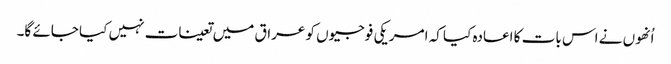
اُنھوں نے اس بات کا اعادہ کیا کہ امریکی فوجیوں کو عراق میں تعینات نہیں کیا جائے گا۔